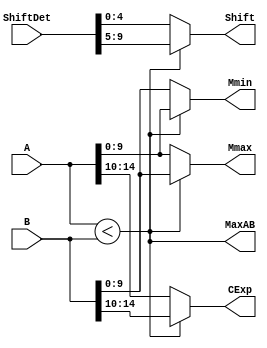
`define EXPONENT 5
`define MANTISSA 10
`define ACTUAL_MANTISSA 11
`define EXPONENT_LSB 10
`define EXPONENT_MSB 14
`define MANTISSA_LSB 0
`define MANTISSA_MSB 9
`define MANTISSA_MUL_SPLIT_LSB 3
`define MANTISSA_MUL_SPLIT_MSB 9
`define SIGN 1
`define SIGN_LOC 15
`define DWIDTH (`SIGN+`EXPONENT+`MANTISSA)
`define IEEE_COMPLIANCE 1

module FPAddSub_AlignModule (
		A,
		B,
		ShiftDet,
		CExp,
		MaxAB,
		Shift,
		Mmin,
		Mmax
	);
	
	// Input ports
	input [`DWIDTH-2:0] A ;								// Input A, a 32-bit floating point number
	input [`DWIDTH-2:0] B ;								// Input B, a 32-bit floating point number
	input [9:0] ShiftDet ;
	
	// Output ports
	output [`EXPONENT-1:0] CExp ;							// Common Exponent
	output MaxAB ;									// Incidates larger of A and B (0/A, 1/B)
	output [4:0] Shift ;							// Number of steps to smaller mantissa shift right
	output [`MANTISSA-1:0] Mmin ;							// Smaller mantissa 
	output [`MANTISSA-1:0] Mmax ;							// Larger mantissa
	
	// Internal signals
	//wire BOF ;										// Check for shifting overflow if B is larger
	//wire AOF ;										// Check for shifting overflow if A is larger
	
	assign MaxAB = (A[`DWIDTH-2:0] < B[`DWIDTH-2:0]) ;	
	//assign BOF = ShiftDet[9:5] < 25 ;		// Cannot shift more than 25 bits
	//assign AOF = ShiftDet[4:0] < 25 ;		// Cannot shift more than 25 bits
	
	// Determine final shift value
	//assign Shift = MaxAB ? (BOF ? ShiftDet[9:5] : 5'b11001) : (AOF ? ShiftDet[4:0] : 5'b11001) ;
	
	assign Shift = MaxAB ? ShiftDet[9:5] : ShiftDet[4:0] ;
	
	// Take out smaller mantissa and append shift space
	assign Mmin = MaxAB ? A[`MANTISSA-1:0] : B[`MANTISSA-1:0] ; 
	
	// Take out larger mantissa	
	assign Mmax = MaxAB ? B[`MANTISSA-1:0]: A[`MANTISSA-1:0] ;	
	
	// Common exponent
	assign CExp = (MaxAB ? B[`MANTISSA+`EXPONENT-1:`MANTISSA] : A[`MANTISSA+`EXPONENT-1:`MANTISSA]) ;		
	
endmodule